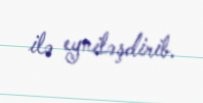
ilə eyniləşdirib.